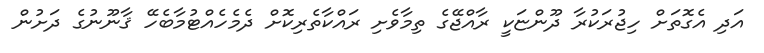
އަދި އެގޮތަށް ހިޖުރަކުރާ ދޫންޏަކީ ރާއްޖޭގެ ތިމާވެށި ރައްކާތެރިކޮށް ދެމެހެއްޓުމާބެހޭ ޤާނޫނުގެ ދަށުން